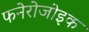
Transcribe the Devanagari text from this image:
फनेरोजोइक